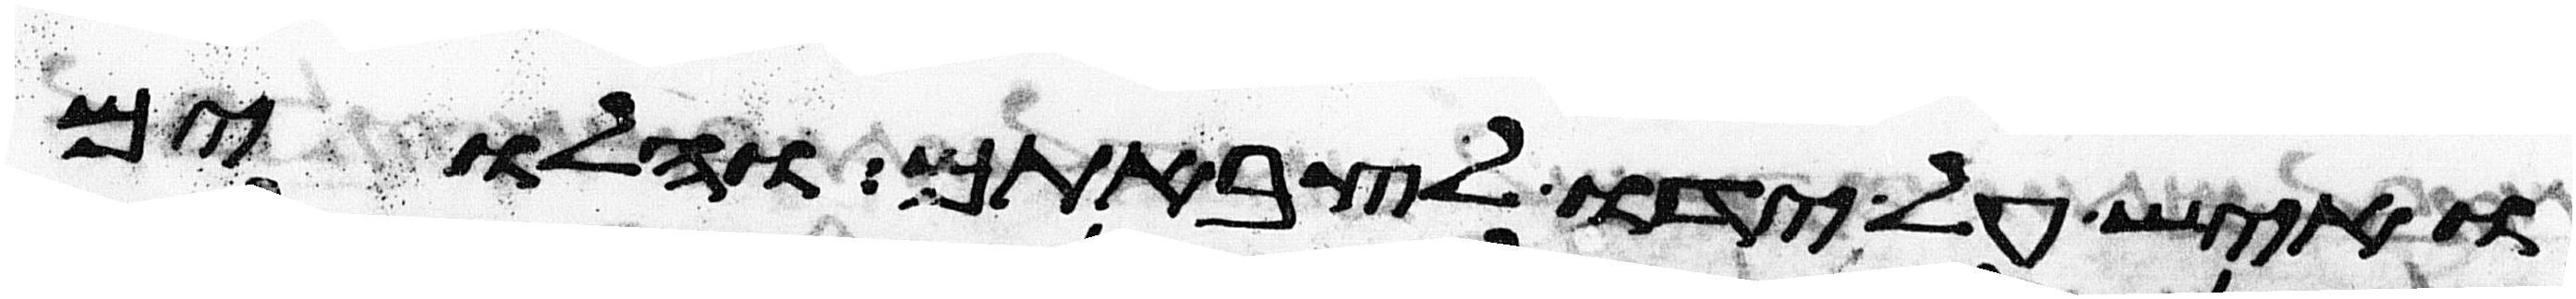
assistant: ואיש על ידו לצבאתם והלוים